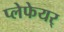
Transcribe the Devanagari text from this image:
प्लेफेयर्